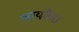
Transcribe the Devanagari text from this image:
लायकै।।